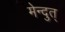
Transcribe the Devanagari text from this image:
मेन्दुत्